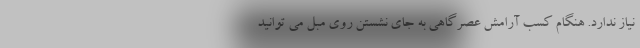
نیاز ندارد. هنگام کسب آرامش عصرگاهی به جای نشستن روی مبل می توانید